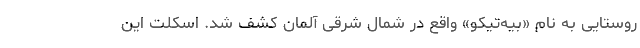
روستایی به نام «بیه‌تیکو» واقع در شمال شرقی آلمان کشف شد. اسکلت این